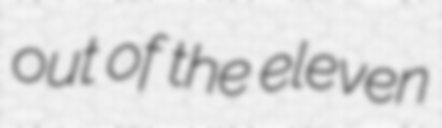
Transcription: out of the eleven